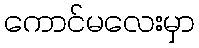
ကောင်မလေးမှာ